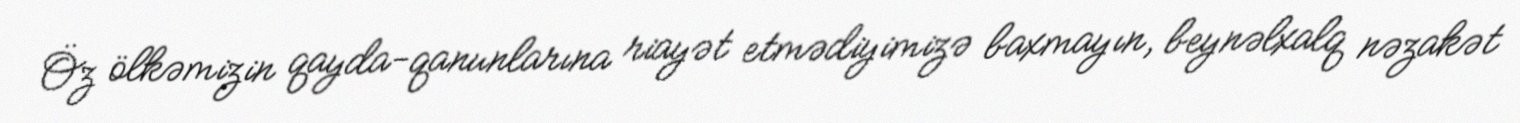
Öz ölkəmizin qayda-qanunlarına riayət etmədiyimizə baxmayın, beynəlxalq nəzakət